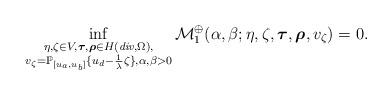
LaTeX: \begin{align*} \inf_{\substack{\eta,{\zeta} \in V, \boldsymbol{\tau},\boldsymbol{\rho} \in H(\emph{div},\Omega), \\ v_{\zeta} = \mathbb{P}_{[u_a,u_b]} \{u_d - \frac{1}{\lambda} {\zeta} \}, \alpha,\beta > 0}} \mathcal{M}_1^\oplus(\alpha,\beta;\eta,\zeta,\boldsymbol{\tau},\boldsymbol{\rho},v_{\zeta}) = 0.\end{align*}